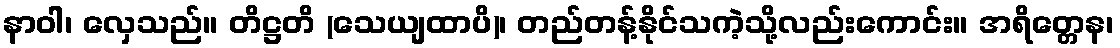
နာဝါ၊ လှေသည်။ တိဋ္ဌတိ (သေယျထာပိ)၊ တည်တန့်နိုင်သကဲ့သို့လည်းကောင်း။ အရိတ္တေန၊